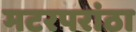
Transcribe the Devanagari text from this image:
मटरपरांठा